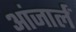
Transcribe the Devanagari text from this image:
आंजार्लं